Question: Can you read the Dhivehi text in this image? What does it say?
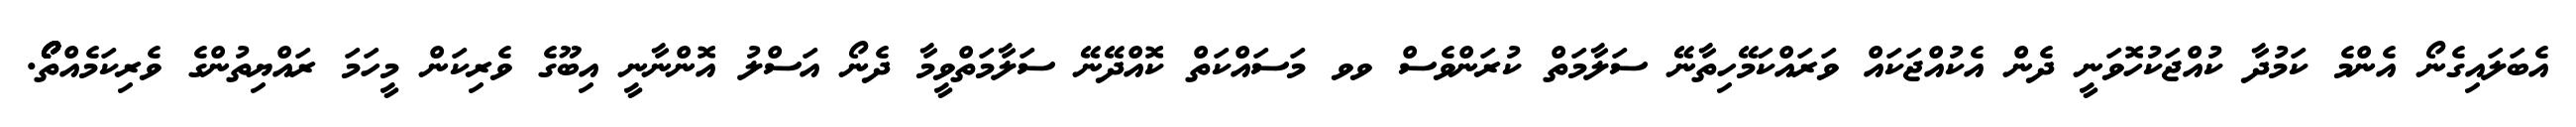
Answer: އެބަލައިގެނޯ އެންމެ ކަމުދާ ކުއްޖަކުހޮވަނީ ދެން އެކުއްޖަކައް ވަރައްކަމޭހިތާނޭ ސަލާމަތް ކުރަންވެސް ވވ މަސައްކަތް ކޮއްދޭނޭ ސަލާމަތްވީމާ ދެނޯ އަސްލު އޮންނާނީ އިބޫގެ ވެރިކަން މީހަމަ ރައްޔިތުންގެ ވެރިކަމެއްތޯޯޯޯޯޯ.